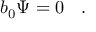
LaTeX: b _ { 0 } \Psi = 0 \left. \right. \ .